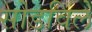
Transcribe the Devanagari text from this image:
सोडविलें